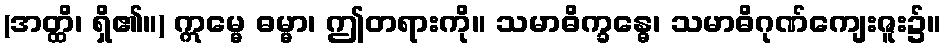
(အတ္ထိ၊ ရှိ၏။) ဣမ္မေ ဓမ္မာ၊ ဤတရားကို။ သမာဓိက္ခန္ဓေ၊ သမာဓိဂုဏ်ကျေးဇူး၌။